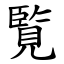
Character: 覧